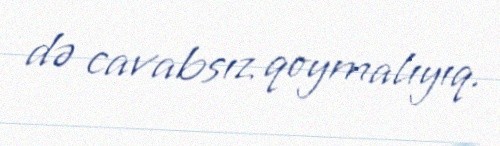
də cavabsız qoymalıyıq.